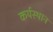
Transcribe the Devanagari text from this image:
कर्यस्थान